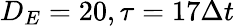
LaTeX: D_{E}=20,\tau=17\Delta t